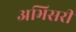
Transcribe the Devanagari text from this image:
अभिसरी